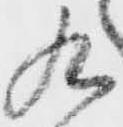
九